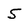
Character: 5